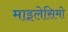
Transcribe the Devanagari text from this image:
माइलेसिमो